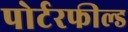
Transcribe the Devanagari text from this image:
पोर्टरफील्ड